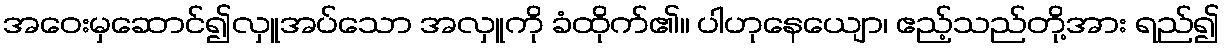
အဝေးမှဆောင်၍လှူအပ်သော အလှူကို ခံထိုက်၏။ ပါဟုနေယျော၊ ဧည့်သည်တို့အား ရည်၍